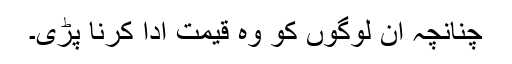
چنانچہ ان لوگوں کو وہ قیمت ادا کرنا پڑی۔